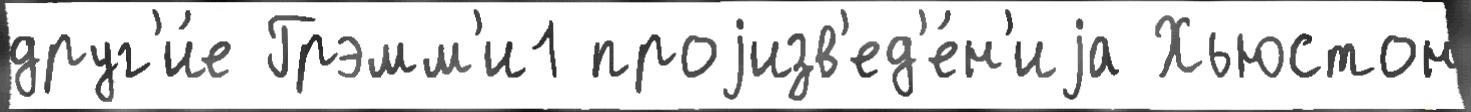
друг'и́е Грэмм'и1 проjизв'ед'е́н'иjа Хьюстон